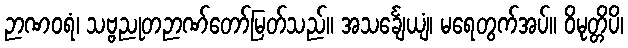
ဉာဏဝရံ၊ သဗ္ဗညုတဉာဏ်တော်မြတ်သည်။ အသင်္ချေယျံ၊ မရေတွက်အပ်။ ဝိမုတ္တိပိ၊